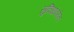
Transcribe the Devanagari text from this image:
सुविधांवरील